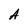
Character: A